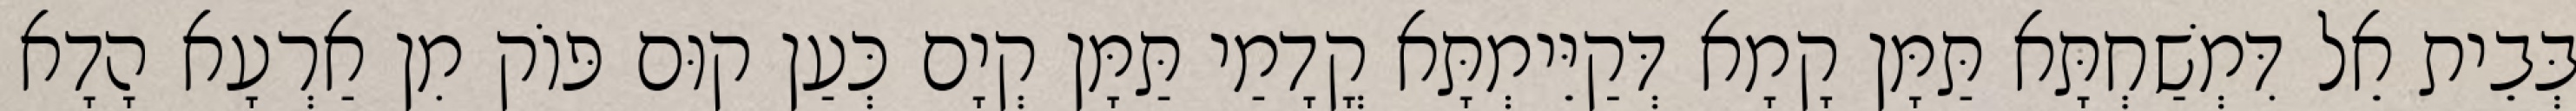
בְּבֵית אֵל דִּמְשַׁחְתָּא תַּמָּן קָמָא דְּקַיֵּימְתָּא קֳדָמַי תַּמָּן קְיָם כְּעַן קוּם פּוֹק מִן אַרְעָא הָדָא